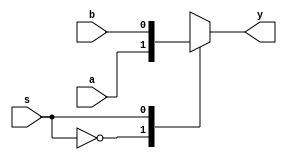
module mux(a,b,s,y);
input a,b,s;
output reg y;

always @(a or b or s)
begin
case(s)
0: y=a;
1:y=b;
default: y=1'b0;
endcase
end
endmodule



module dff(d,clk,reset,q);
input d,clk,reset;
output reg q;

always @(posedge clk)
begin
if(reset)
q=0;
else 
q=d;
end

endmodule


module cn_flipflop(c,n,clk,q,qbar);
input c,n,clk;
output q,qbar;
wire cn,n_bar,d_wire;

mux mux1(1'b0,c,n,cn);
mux mux2(1'b1,1'b0,n,n_bar);
mux mux3(cn,n_bar,q,d_wire);
dff dff1( .d(d_wire),.clk(clk),.reset(),.q(q));
assign qbar=~q;

endmodule